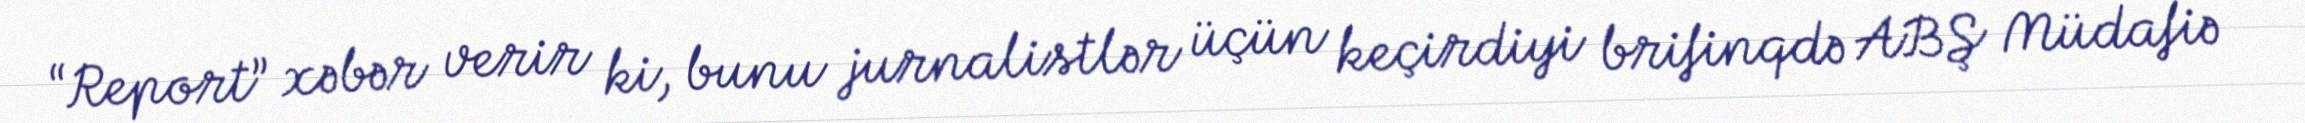
“Report” xəbər verir ki, bunu jurnalistlər üçün keçirdiyi brifinqdə ABŞ Müdafiə